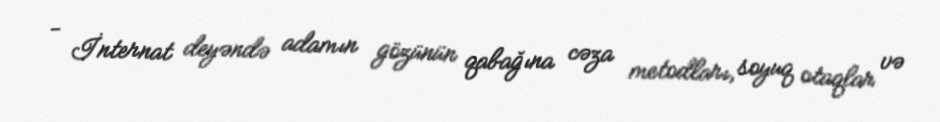
- İnternat deyəndə adamın gözünün qabağına cəza metodları, soyuq otaqlar və